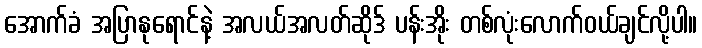
အောက်ခံ အပြာနုရောင်နဲ့ အလယ်အလတ်ဆိုဒ် ပန်းအိုး တစ်လုံးလောက်ဝယ်ချင်လို့ပါ။